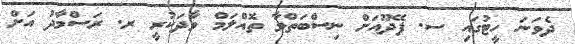
ދެވަނަ ހީޓުގައި ސ. ފޭދޫއަށް ނިސްބަތްވާ ތޮއްލަމް ވާދަކުރީ ރ. ރަސްމާދު އަށް